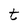
Character: t